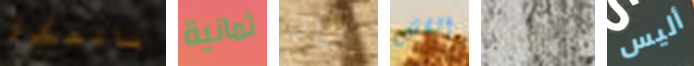
بالفكرة ثمانية متوازن القش أفكاري أليس